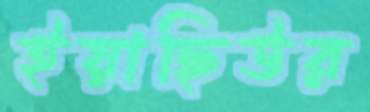
ইয়াছিউর